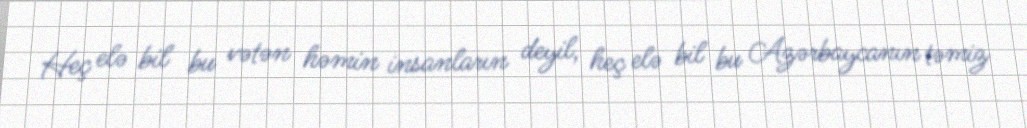
Heç elə bil bu vətən həmin insanların deyil, heç elə bil bu Azərbaycanın təmiz